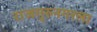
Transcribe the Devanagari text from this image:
राजगुरुनगरला